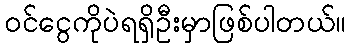
ဝင်ငွေကိုပဲရရှိဦးမှာဖြစ်ပါတယ်။